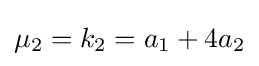
\mu _{2}=k_{2}=a_{1}+4a_{2}